Leaving Certificate Examination (including Day School Certificate (Higher) General paper), 1930
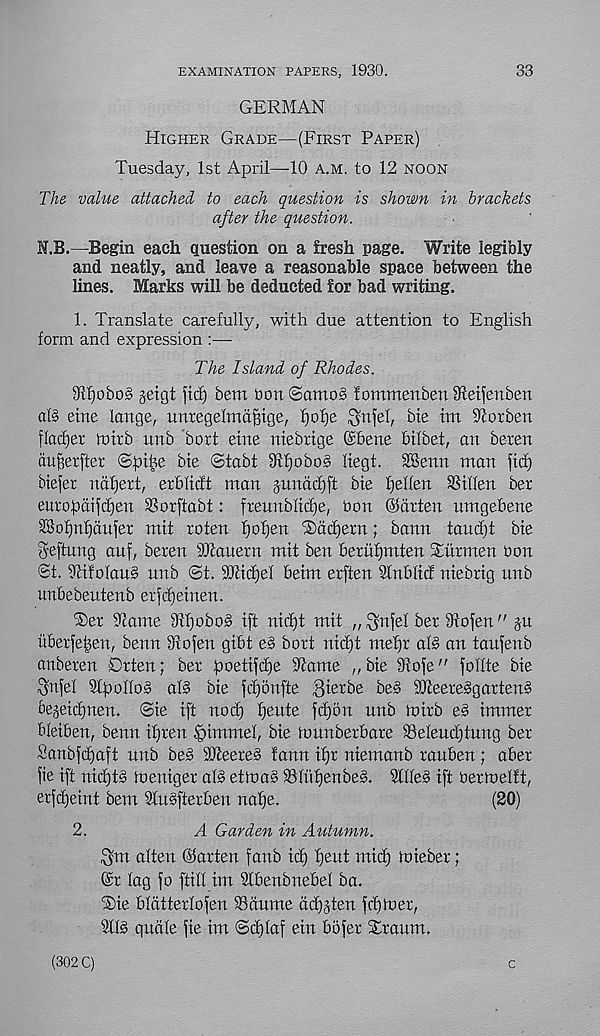
33
EXAMINATION PAPERS, 1930.
GERMAN
Higher Grade—(First Paper)
Tuesday, 1st April—10 a.m. to 12 noon
The value attached to each question is shown in brackets
after the question.
N.B.—Begin each question on a fresh page. Write legibly
and neatly, and leave a reasonable space between the
lines. Marks will be deducted for bad writing.
1. Translate carefully, with due attention to English
form and expression :—
The Island of Rhodes.
31f)obo§ jeigt fid) bem bon ©amo§ lommenben 3teifenben
al§ eine lange, itnregehndfnge, f)of)e $nfel, bie tm Oiorben
fladjer tnirb nnb bott eine niebtige ©bene bilbet, an bexen
du^erfter ©frifie bte ©tabt 8fl^obo§ liegt. SBenn man \\&)
btefer nafjext, exblidt man jnnddjft bie f)ellen SStflen ber
europdifc^en SSorftabt: frennblidje, bon ©drten nmgebene
Sof)nf)dufer mit roten f>of)en ®dd)exn; bann taudft bte
Seftnng auf, bexen iOtauein mit ben bexufjmten Titxmen bon
St. 9ti!olan§ nnb ©t. 9)dd)el betm exften Sfnblicf ntebxtg nnb
unbebentenb exfdjetnen.
i^ex dcame 9if)obob ift nid)t mit „ .^rtfel bex 3lofen" §u
u6erfet)en, benn Siofen gibt e§ boxt nid)t mefjx al§ an tanfenb
anbexen Oxten; bex poetifdje ^ame „bte 91ofe" foflte bie
$nfel Otpollob af§ bte fdfonfte 3iexbe beg SQteexeSgaxteng
bejfenen. ©te tft nod) fjente fdjon nnb h)ixb eg tmmex
bletben, benn tf)xen ^)tmmel, bte tonnbexbaxe iBeleudjtung bex
Sanbfd)aft nnb beg iOteexeg !ann tf)x ntemanb xanben ; abex
fie ift nid)tg loenigex alg ettuag SSlitfjenbeg. SIHeg ift bextnelft,
exfdjeint bem Slngftexben nafje.
(20)
2.
A Garden in Autumn.
3m alten ©axten fanb id) tjent mid) toiebex;
©x lag fo ftill im Slbenbnebel ba.
®ie bldttexlofen iBdume dd)gten fd))oex,
Sllg quale fie tm ©d)laf ein bofex Stxaum.
(302 C)
c